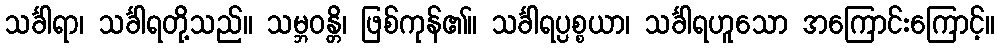
သင်္ခါရာ၊ သင်္ခါရတို့သည်။ သမ္ဘဝန္တိ၊ ဖြစ်ကုန်၏။ သင်္ခါရပ္ပစ္စယာ၊ သင်္ခါရဟူသော အကြောင်းကြောင့်။